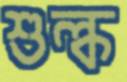
শুল্ক